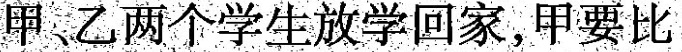
甲、乙两个学生放学回家，甲要比